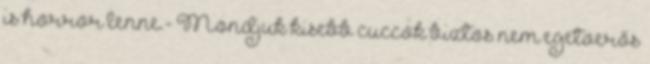
is horror lenne.- Mondjuk kisebb cuccok biztos nem egetverős